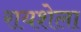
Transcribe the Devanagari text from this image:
रायशेला